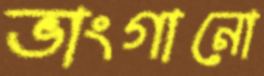
ভাংগানো